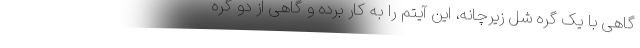
گاهی با یک گره شل زیرچانه، این آیتم را به کار برده و گاهی از دو گره